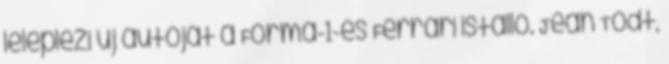
leleplezi új autóját a Forma-1-es Ferrari istálló. Jean Todt,